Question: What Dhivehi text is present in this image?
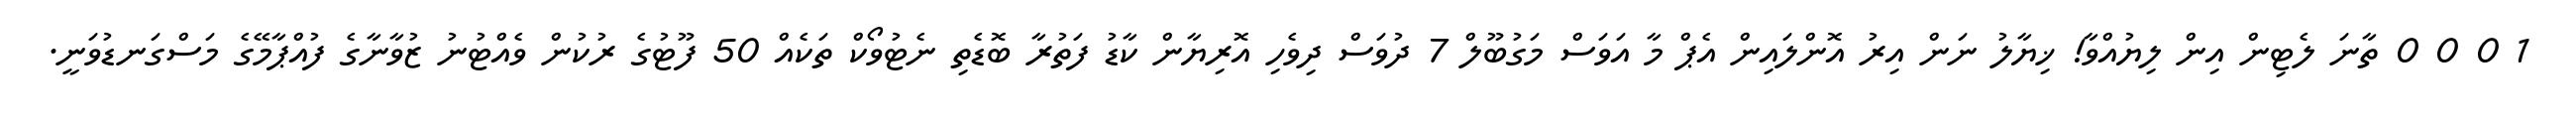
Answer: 1 0 0 0 ތާނަ ލެޓިން އިން ލިޔުއްވާ! ޚިޔާލު ނަން އިރު އޮންލައިން އެޕް މާ އަވަސް މަގުބޫލް 7 ދުވަސް ދިވެހި އޮރިޔާން ކާޑު ފަތުރާ ބޮޑެތި ނެޓުވޯކް ތަކެއް 50 ފޫޓުގެ ރުކުން ވެއްޓުނު ޒުވާނާގެ ފުއްޕާމޭގެ މަސްގަނޑުވަނީ.